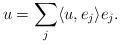
LaTeX: \begin{align*}u=\sum_j\langle u,e_j\rangle e_j.\end{align*}